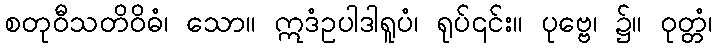
စတုဝီသတိဝိဓံ၊ သော။ ဣဒံဥပါဒါရူပံ၊ ရုပ်၎င်း။ ပုဗ္ဗေ၊ ၌။ ဝုတ္တံ၊